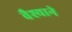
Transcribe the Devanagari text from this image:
वैश्याने